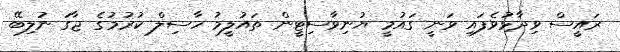
ރައީސް ވިދާޅުވެފައި ވަނީ ގައުމީ ޔުނިވާސިޓީން ތައުލީމު ހާސިލް ކުރުމުގެ ޖާގަ ނުލިބޭ